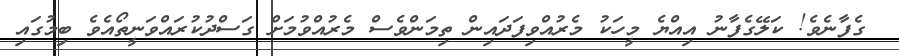
ގެފާނެވެ! ކަލޭގެފާނު އިއްޔެ މީހަކު މެރުއްވިފަދައިން ތިމަންވެސް މެރުއްވުމަށް ގަސްދުކުރައްވަނީތޯއެވެ ބިމުގައި